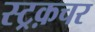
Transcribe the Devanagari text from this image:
स्ट्रक़चर